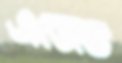
এজেন্ড